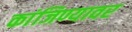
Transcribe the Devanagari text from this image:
कांजिण्यावर